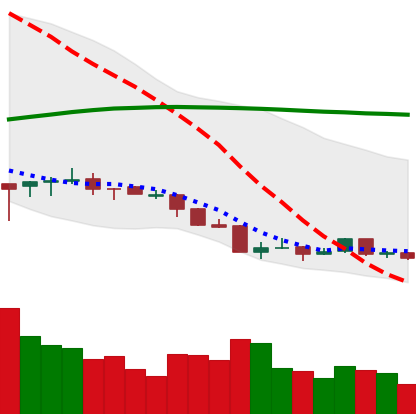
Ticker: ETH-USD
Chart end date: 2018-04-06
Forward return: 16.273%
Label: up_7plus